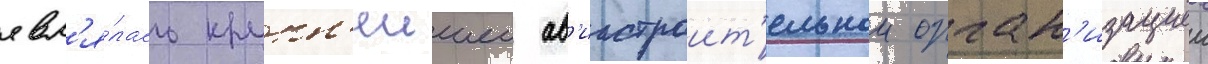
явл'я́лась крупн'еишеи ав'иастроит'ельнои орган'изациеи